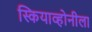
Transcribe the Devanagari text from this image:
स्कियाव्होनीला